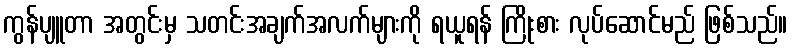
ကွန်ပျူတာ အတွင်းမှ သတင်းအချက်အလက်များကို ရယူရန် ကြိုးစား လုပ်ဆောင်မည် ဖြစ်သည်။